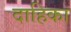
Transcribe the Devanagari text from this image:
दाहिका